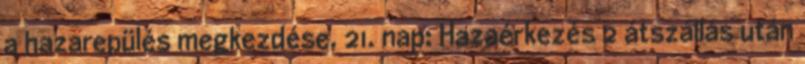
a hazarepülés megkezdése. 21. nap: Hazaérkezés 2 átszállás után